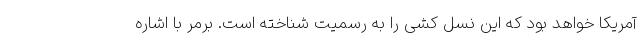
آمریکا خواهد بود که این نسل کشی را به رسمیت شناخته است. برمر با اشاره